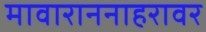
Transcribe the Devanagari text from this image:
मावाराननाहरावर